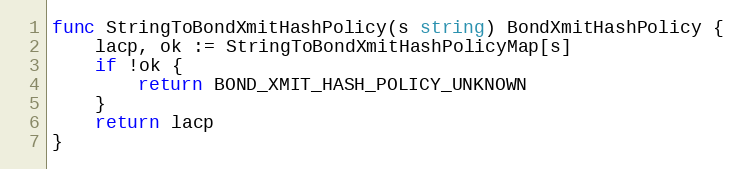
Language: Go
func StringToBondXmitHashPolicy(s string) BondXmitHashPolicy {
	lacp, ok := StringToBondXmitHashPolicyMap[s]
	if !ok {
		return BOND_XMIT_HASH_POLICY_UNKNOWN
	}
	return lacp
}